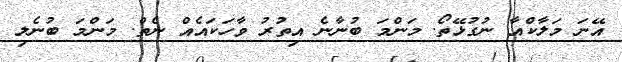
އޭނަ މަލާކްއާ ނުގުޅޭތޯ. މަންމަ ބުނާނެ އިތުރު ވާހަކައެއް ނެތް. މަންމަ ބުނެލި